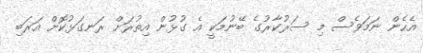
އެހެން ނަމަވެސް މި ސަރުކާރުގެ ބޭނުމަކީ އެ ގުޅުން އިތުރަށް ރަނގަޅުކޮށް އަރަބި